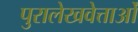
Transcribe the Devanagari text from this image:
पुरालेखवेत्ताओं